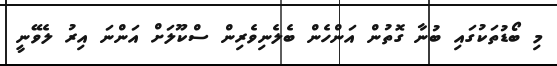
މި ބޯޑުތަކުގައި ބުނާ ގޮތުން އަންހެން ބެލެނިވެރިން ސްކޫލަށް އަންނަ އިރު ލެވޭނީ